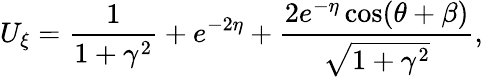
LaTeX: U_{\xi}=\frac{1}{1+\gamma^{2}}+e^{-2\eta}+\frac{2e^{-\eta}\cos(\theta+\beta)}{\sqrt{1+\gamma^{2}}},